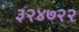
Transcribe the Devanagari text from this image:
३२४७२२